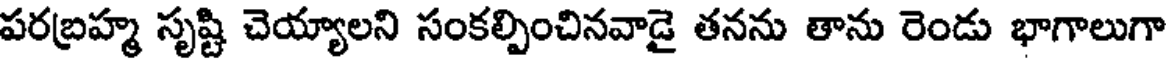
పరబ్రహ్మ సృష్టి చెయ్యాలని సంకల్పించినవాడై తనను తాను రెండు భాగాలుగా